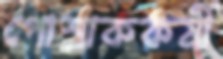
পোশাককর্মী